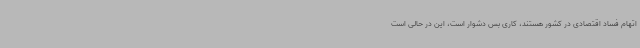
اتهام فساد اقتصادی در کشور هستند، کاری بس دشوار است، این در حالی است